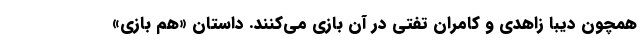
همچون دیبا زاهدی و کامران تفتی در آن بازی می‌کنند. داستان «هم بازی»